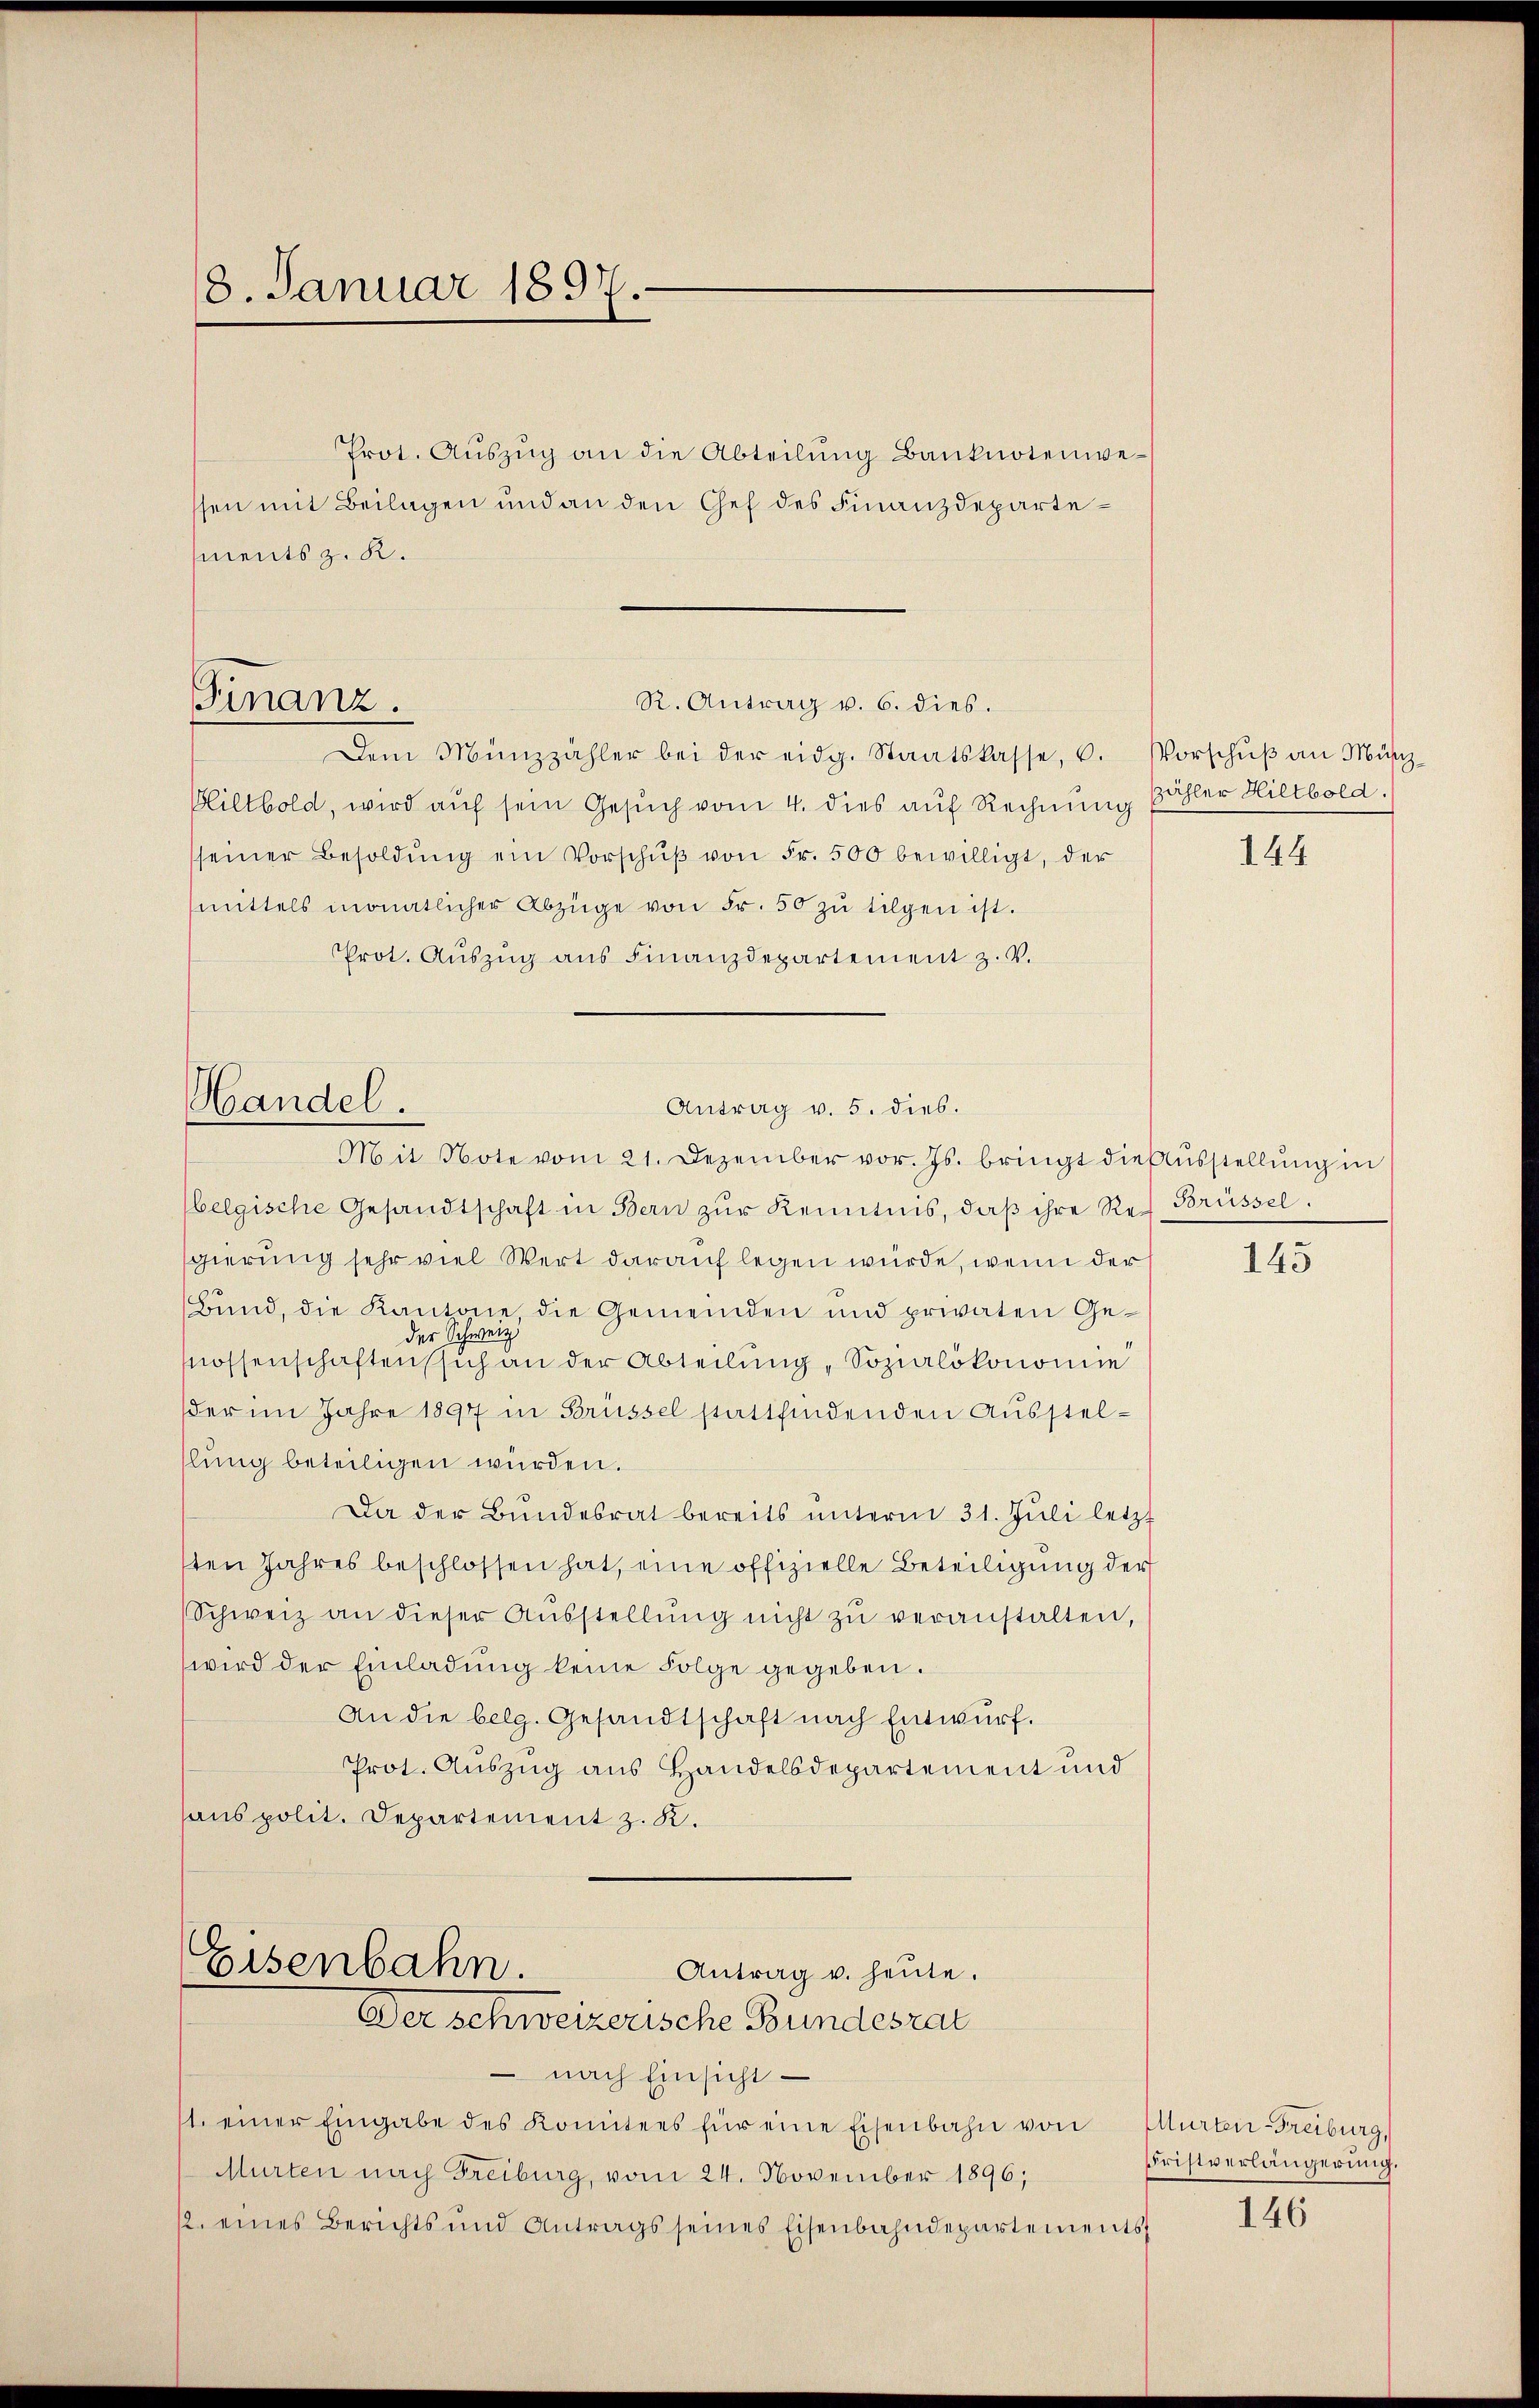
18. Januar 1897.

R. Antrag v. 6. dies.
Finanz.
Dem Münzzähler bei der eidg. Staatskasse, u. Vorschŭβ an Münch

Prot. Aŭszŭg an die Abteilŭng Banknotenwessen mit Beilagen und an den Chef des Finanzdepartements z. K.

Handel.

Bliltbold, wird auf sein Gesuch vom 4. dies auf Rechnung Bähler Hiltbold.
sseiner Besoldŭng ein Vorschŭβ von Fr. 500 bewilligt, der
mittels monatlicher Abzüge von Fr. 50 zŭ tilgen ist.
Prot. Auszug aus Finanzdepartement z. V.
Mit Note vom 21. Dezember vor. Js. bringt die Aŭsstellŭng in
belgische Gesandtschaft in Bern zŭr Kenntnis, daβ ihre Ref Brüssel.
sgierung sehr viel Wert darauf legen würde, wenn der
Bund, die Kantone die Gemeinden und privaten Ge-
der Schweiz.
Mossenschaften sich an der Abteilung, Sozialökonomie
der im Jahre 1897 in Brüssel stattfindenden Ausstellung beteiligen würden.
Da der Bŭndesrat bereits ŭnterm 31. Jŭli letzt
sten Jahres beschlossen hat, eine offizielle Beteiligung der
Schweiz an dieser Aŭsstellŭng nicht zŭ veranstalten,
wird der Einladung keine Folge gegeben.
An die belg. Gesandtschaft nach Entwurf.
Prot. Auszug aus Handelsdepartement und
sans polit. Departement z. K.

Antrag v. 5. dies.

Eisenbahn.
Antrag u. heute.
Der schweizerische Bundesrat

nach Einsicht
1. einer Eingabe des Komitees für eine Eisenbahn von Murten-Freiburg,
Murten nach Freiburg, vom 24. November 1896;
12. eines Berichts und Antrags seines Eisenbahndepartements

144

143

Fristverlängerung

146